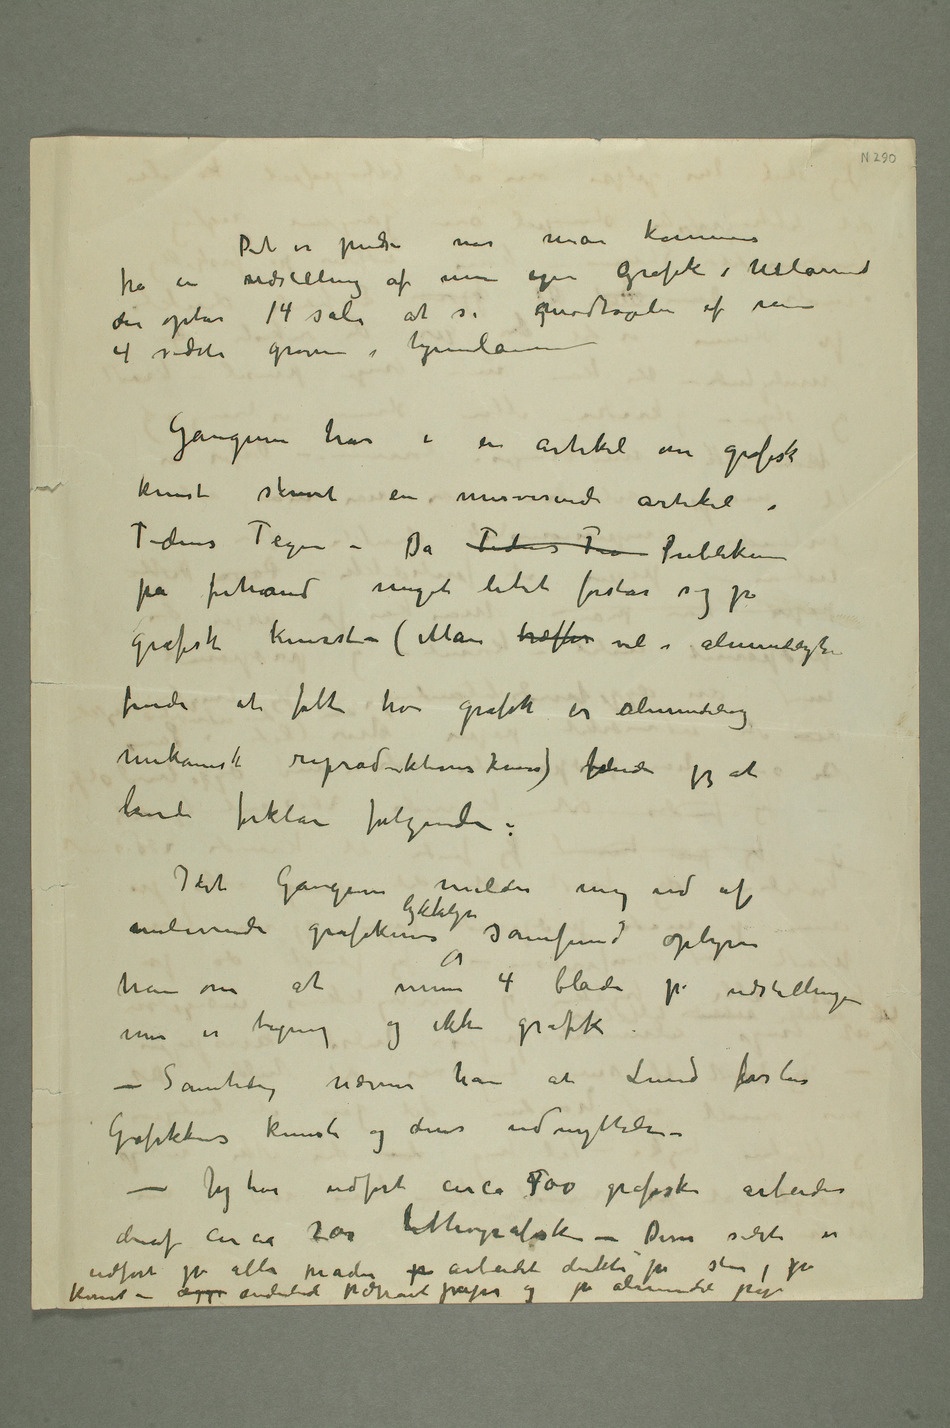
Det er pudsi når man kommer
fra en udstilling af min egen grafik i udlannet
der optar 14 sale at se gmodtagelsen af mine
4 sidste gravurer i hjemlanne
Gauguin har i en artikel om grafisk
på forhånd meget litet forstår sig på
grafisk kunst – (Man træffer vil i almindelighed
finde at folk tror grafik er almindelig
mekanisk reproduksjonskuns) finder jeg at
kunde forklare følgende:
Idet Gauguin melder mig ud af
nulevende grafikeres lykkelige samfund oplyser
han om at mine 4 blade på udstillingen
mer er tegning og ikke grafik.
– Samtidig nævner han at Lund forstår
grafikkens kunst og dens udnyttelse
– Jeg har udført circa 4500 grafiske arbeider
deraf circa 200 lithografisk – Disse sidste er
udført på alle måder p arbeidet direkte på sten, på